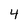
Character: 4